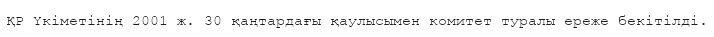
ҚР Үкіметінің 2001 ж. 30 қаңтардағы қаулысымен комитет туралы ереже бекітілді.